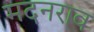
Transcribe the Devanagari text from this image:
मदनराव